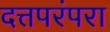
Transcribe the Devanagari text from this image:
दत्तपरंपरा